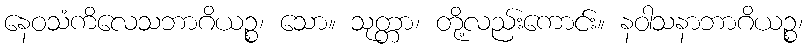
နေဝသံကိလေသဘာဂိယဉ္စ၊ သော။ သုတ္တာ၊ တို့လည်းကောင်း။ နဝါသနာဘာဂိယဉ္စ၊